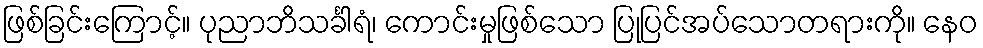
ဖြစ်ခြင်းကြောင့်။ ပုညာဘိသင်္ခါရံ၊ ကောင်းမှုဖြစ်သော ပြုပြင်အပ်သောတရားကို။ နေဝ